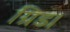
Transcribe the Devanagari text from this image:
ग्रिड।